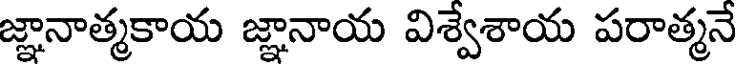
జ్ఞానాత్మకాయ జ్ఞానాయ విశ్వేశాయ పరాత్మనే